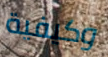
وكيفية